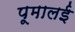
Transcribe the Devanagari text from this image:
पूमालई